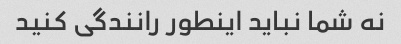
نه شما نباید اینطور رانندگی کنید